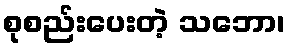
စုစည်းပေးတဲ့ သဘော၊